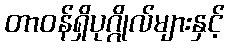
တာဝန်ရှိပုဂ္ဂိုလ်များနှင့်